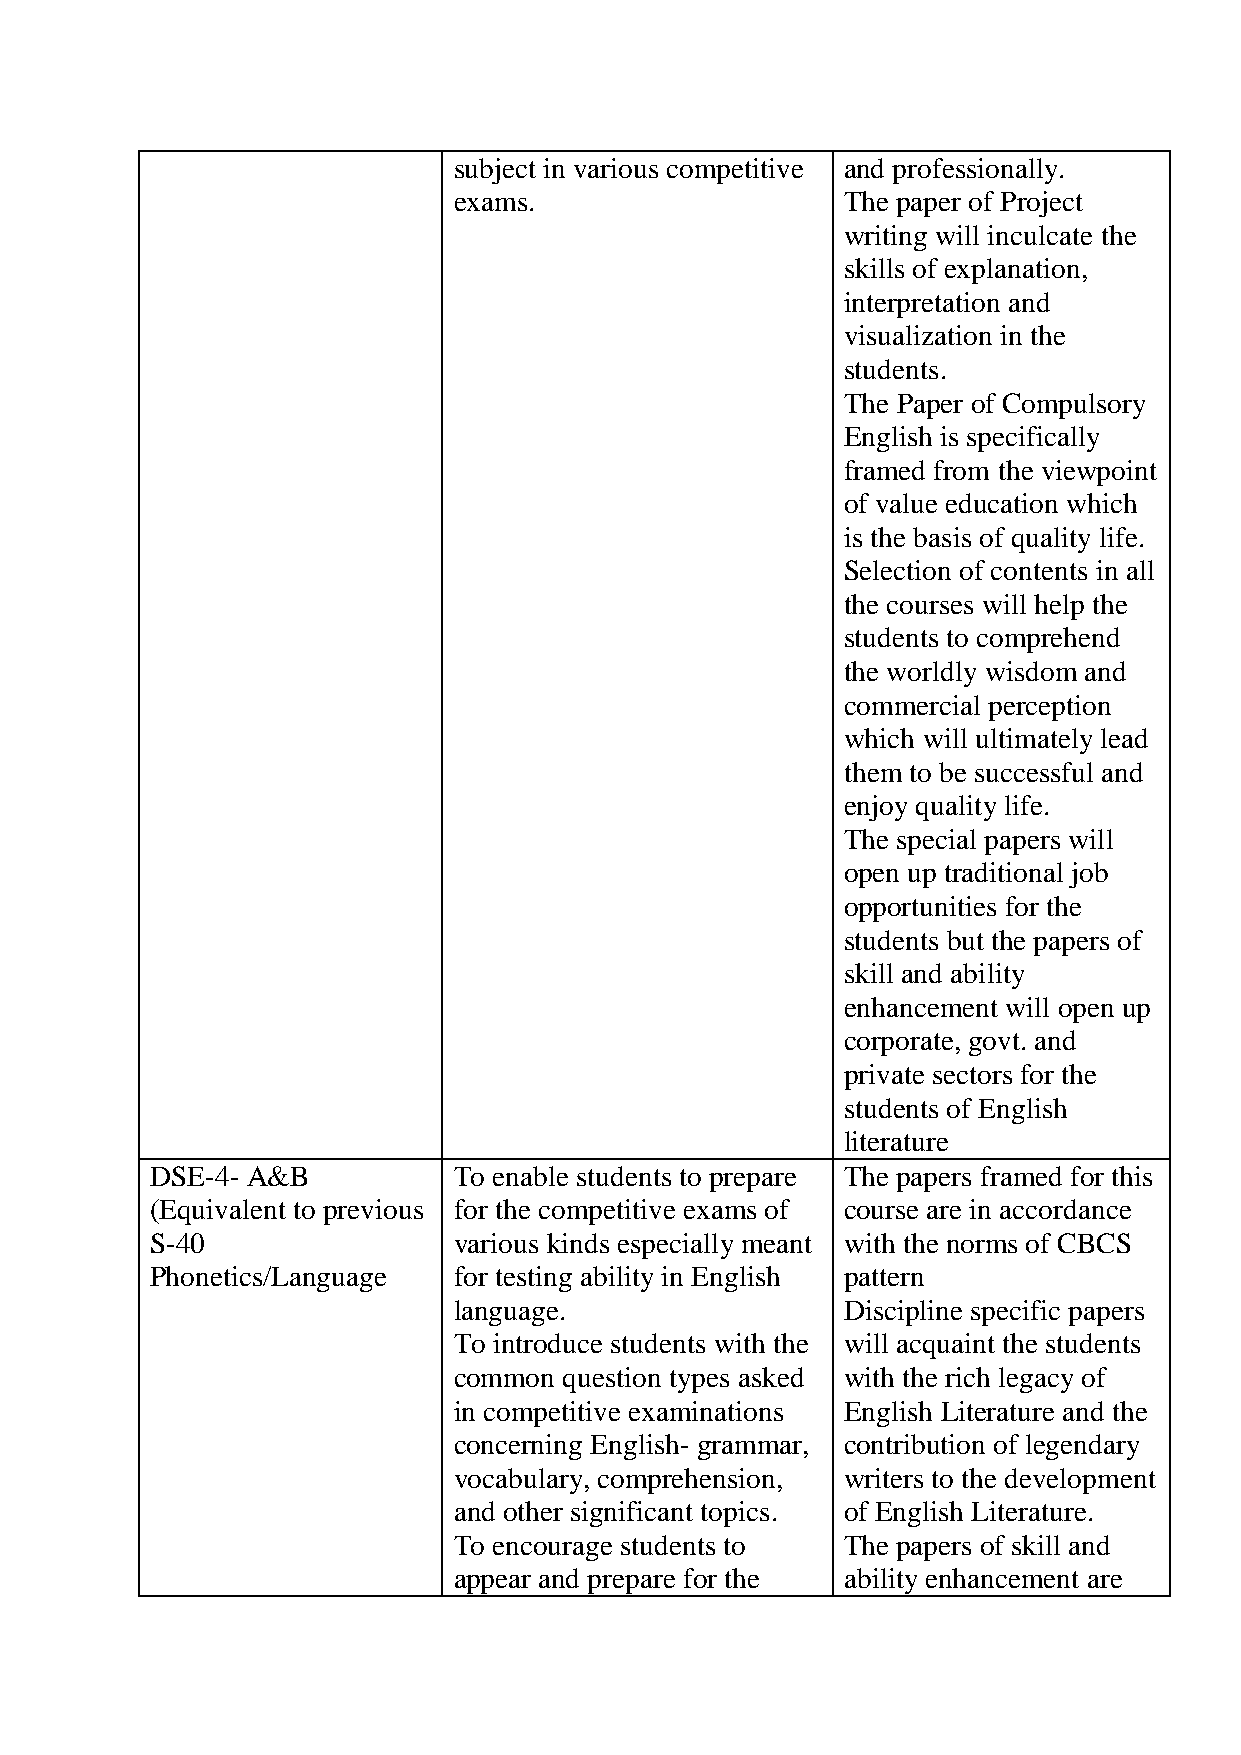
subject in various competitive and professionally.
 exams.                    The paper of Project
 writing will inculcate the
 skills of explanation,
 interpretation and
 visualization in the
 students.
 The Paper of Compulsory
 English is specifically
 framed from the viewpoint
 of value education which
 is the basis of quality life.
 Selection of contents in all
 the courses will help the
 students to comprehend
 the worldly wisdom and
 commercial perception
 which will ultimately lead
 them to be successful and
 enjoy quality life.
 The special papers will
 open up traditional job
 opportunities for the
 students but the papers of
 skill and ability
 enhancement will open up
 corporate, govt. and
 private sectors for the
 students of English
 literature
 DSE-4- A&B          To enable students to prepare The papers framed for this
 (Equivalent to previous for the competitive exams of course are in accordance
 S-40                various kinds especially meant with the norms of CBCS
 Phonetics/Language  for testing ability in English pattern
 language.                 Discipline specific papers
 To introduce students with the will acquaint the students
 common question types asked with the rich legacy of
 in competitive examinations English Literature and the
 concerning English- grammar, contribution of legendary
 vocabulary, comprehension, writers to the development
 and other significant topics. of English Literature.
 To encourage students to  The papers of skill and
 appear and prepare for the ability enhancement are